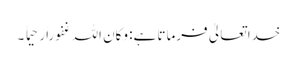
خدا تعالیٰ فرماتا ہے: وکان اللہ غفوراًرحیما ً ۔